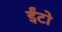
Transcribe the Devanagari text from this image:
ईँटो